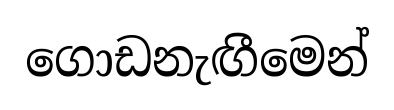
ගොඩනැඟීමෙන්